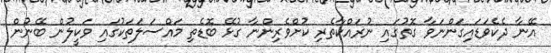
އޭނާ ދެކެވަޑައިގަންނަވާ ގޮތުގައި ނުރައްކާތެރި ކުށްވެރިންނާ ގުޅޭ ބޮޑެތި މައްސަލަތަކުގައި ވަކީލުން ބޭނުން